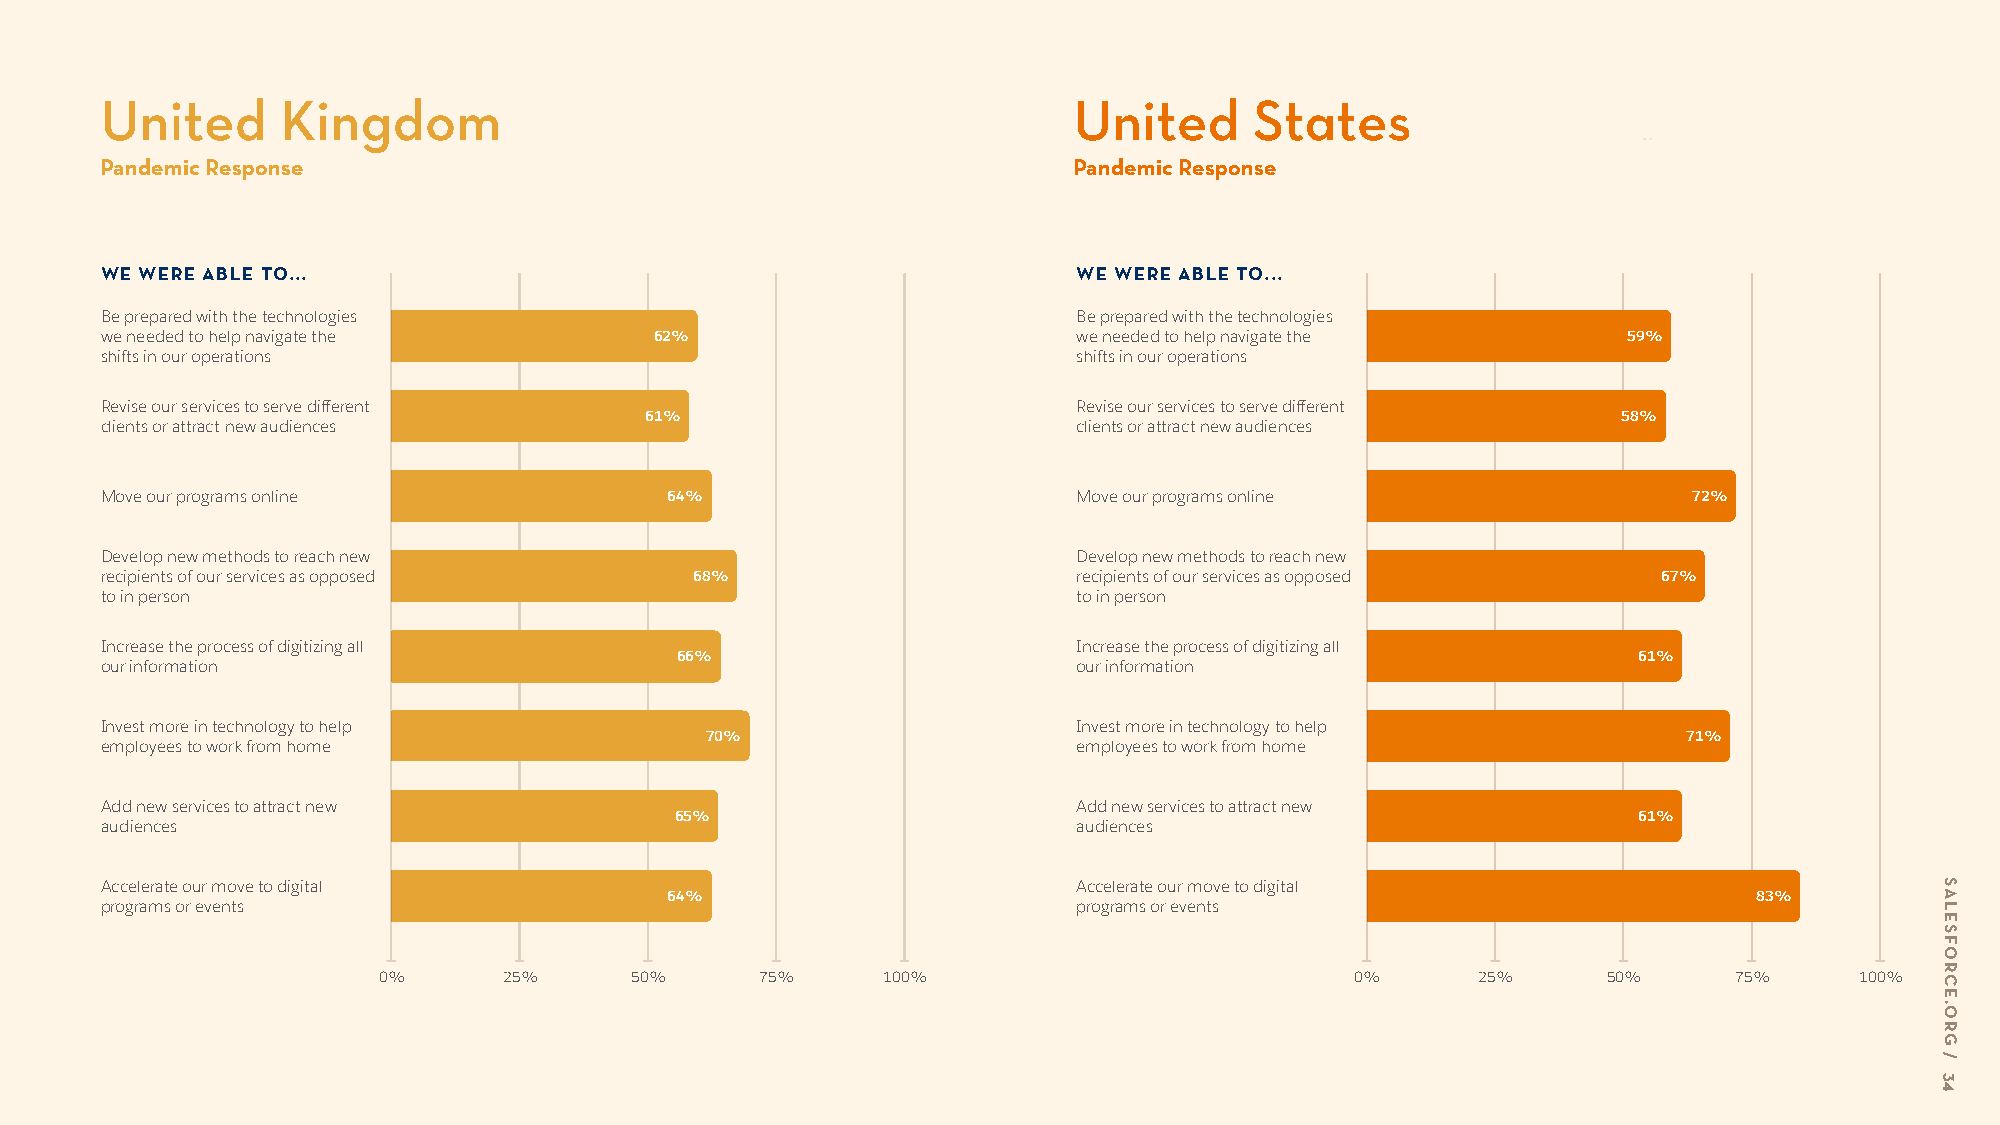
United      Kingdom                                             United      States
 Pandemic Response                                               Pandemic Response
 WE WERE ABLE TO...                                              WE WERE ABLE TO...
 Be prepared with the technologies                               Be prepared with the technologies
 we needed to help navigate the      62%                         we needed to help navigate the       59%
 shifts in our operations                                        shifts in our operations
 Revise our services to serve different                          Revise our services to serve different
 61%                                                             58%
 clients or attract new audiences                                clients or attract new audiences
 Move our programs online             64%                        Move our programs online                 72%
 Develop new methods to reach new                                Develop new methods to reach new
 recipients of our services as opposed  68%                      recipients of our services as opposed  67%
 to in person                                                    to in person
 Increase the process of digitizing all                          Increase the process of digitizing all
 66%                                                            61%
 our information                                                 our information
 Invest more in technology to help                               Invest more in technology to help
 70%                                                              71%
 employees to work from home                                     employees to work from home
 Add new services to attract new                                 Add new services to attract new
 65%                                                            61%
 audiences                                                       audiences
 Accelerate our move to digital                                  Accelerate our move to digital
 64%                                                                     83%
 programs or events                                              programs or events
 0%      25%      50%     75%     100%                            0%      25%     50%      75%     100%
 SALESFORCE.ORG
 /
 34